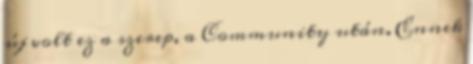
új volt ez a szerep, a Community után. Ennek